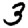
Digit: 3